Account of plague administration in the Bombay Presidency from September 1896 till May 1897
Year: 1896
Disease focus: Plague
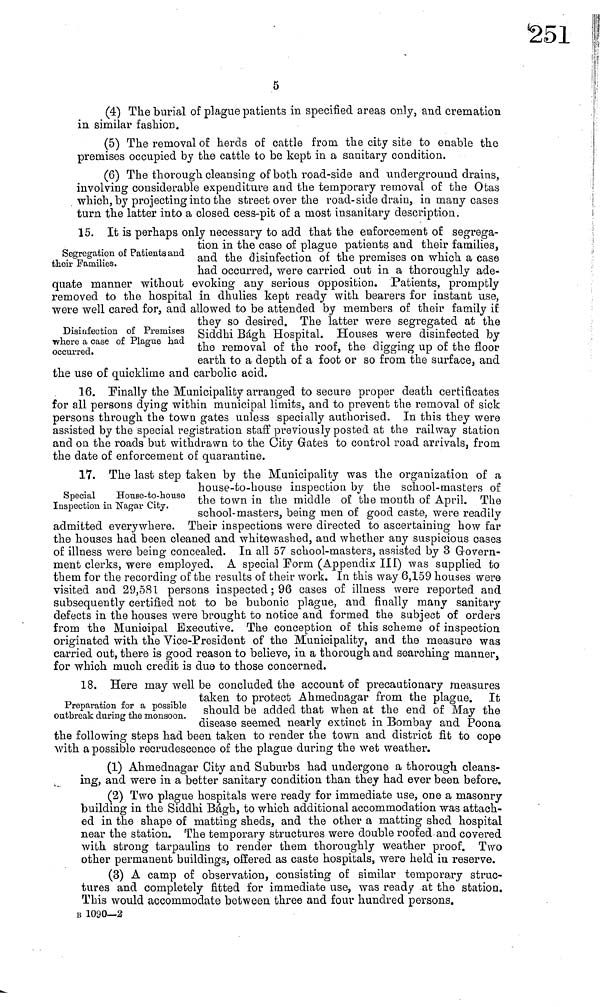
5
(4) The burial of plague patients in specified areas only, and cremation
in similar fashion,
(5) The removal of herds of cattle from the city site to enable the
premises occupied by the cattle to be kept in a sanitary condition.
(6) The thorough cleansing of both road-side and underground drains,
involving considerable expenditure and the temporary removal of the Otas
which, by projecting into the street over the road-side drain, in many cases
turn the latter into a closed cess-pit of a most insanitary description.
Segregation of Patients and
their Families.
15. It is perhaps only necessary to add that the enforcement of segrega-
tion in the case of plague patients and their families,
and the disinfection of the premises on which a case
had occurred, were carried out in a thoroughly ade-
quate manner without evoking any serious opposition. Patients, promptly
removed to the hospital in dhulies kept ready with bearers for instant use,
were well cared for, and allowed to be attended by members of their family if
they so desired. The latter were segregated at the
Siddhi Bágh Hospital. Houses were disinfected by
the removal of the roof, the digging up of the floor
earth to a depth of a foot or so from the surface, and
the use of quicklime and carbolic acid.
Disinfection of Premises
where a case of Plague had
occurred.
16. Finally the Municipality arranged to secure proper death certificates
for all persons dying within municipal limits, and to prevent the removal of sick
persons through the town gates unless specially authorised. In this they were
assisted by the special registration staff previously posted at the railway station
and on the roads but withdrawn to the City Gates to control road arrivals, from
the date of enforcement of quarantine.
Special
House-to-house
Inspection in Nagar City.
17. The last step taken by the Municipality was the organization of a
house-to-house inspection by the school-masters of
the town in the middle of the mouth of April. The
school-masters, being men of good caste, were readily
admitted everywhere. Their inspections were directed to ascertaining how far
the houses had been cleaned and whitewashed, and whether any suspicious cases
of illness were being concealed. In all 57 school-masters, assisted by 3 Govern-
ment clerks, were employed. A special Form (Appendix III) was supplied to
them for the recording of the results of their work. In this way 6,159 houses were
visited and 29,581 persons inspected ; 96 cases of illness were reported and
subsequently certified not to be bubonic plague, and finally many sanitary
defects in the houses were brought to notice and formed the subject of orders
from the Municipal Executive. The conception of this scheme of inspection
originated with the Vice-Président of the Municipality, and the measure was
carried out, there is good reason to believe, in a thorough and searching manner,
for which much credit is due to those concerned.
Preparation for a possible
outbreak during the monsoon.
18. Here may well be concluded the account of precautionary measures
taken to protect Ahmednagar from the plague. It
should be added that when at the end of May the
disease seemed nearly extinct in Bombay and Poona
the following steps had been taken to render the town and district fit to cope
with a possible recrudescence of the plague during the wet weather.
(1) Ahmednagar City and Suburbs had undergone a thorough cleans-
ing, and were in a better sanitary condition than they had ever been before.
(2) Two plague hospitals were ready for immediate use, one a masonry
building in the Siddhi Bágh, to which additional accommodation was attach-
ed in the shape of matting sheds, and the other a matting shed hospital
near the station. The temporary structures were double roofed and covered
with strong tarpaulins to render them thoroughly weather proof. Two
other permanent buildings, offered as caste hospitals, were held in reserve.
(3) A camp of observation, consisting of similar temporary struc-
tures and completely fitted for immediate use, was ready at the station.
This would accommodate between three and four hundred persons.
B 1090—2